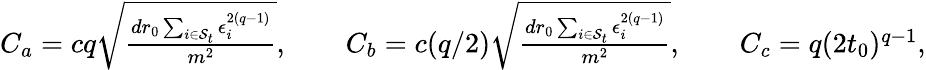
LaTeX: \begin{array}{r}{C_{a}=cq\sqrt{\frac{dr_{0}\sum_{i\in\mathcal{S}_{t}}\epsilon_{i}^{2(q-1)}}{m^{2}}},\qquad C_{b}=c(q/2)\sqrt{\frac{dr_{0}\sum_{i\in\mathcal{S}_{t}}\epsilon_{i}^{2(q-1)}}{m^{2}}},\qquad C_{c}=q(2t_{0})^{q-1},}\end{array}